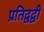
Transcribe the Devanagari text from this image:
प्रतिद्वद्वी